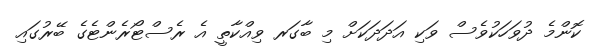
ކޮންމެ ދުވަހަކުވެސް ވަކި އަދަދަކަށް މި ބާގަރ ވިއްކާތީ އެ ރެސްޓޯރެންޓެގެ ބޭރުގައި